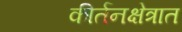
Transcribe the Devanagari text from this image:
कीर्तनक्षेत्रात